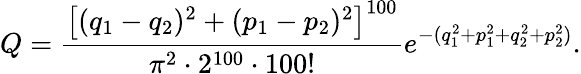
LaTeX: Q=\frac{\left[(q_{1}-q_{2})^{2}+(p_{1}-p_{2})^{2}\right]^{100}}{\pi^{2}\cdot 2^{100}\cdot 100!}e^{-(q_{1}^{2}+p_{1}^{2}+q_{2}^{2}+p_{2}^{2})}.